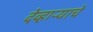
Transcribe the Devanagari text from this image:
देव्हाऱ्याचे